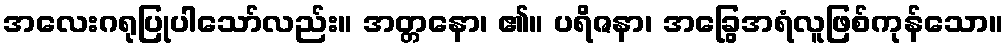
အလေးဂရုပြုပါသော်လည်း။ အတ္တနော၊ ၏။ ပရိဇနာ၊ အခြွေအရံလူဖြစ်ကုန်သော။